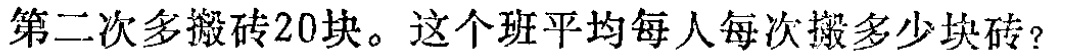
第二次多搬砖20块。这个班平均每人每次搬多少块砖？